65_HS1-834228961_62-HQ-83894_Section_2
Agency: FBI
Page 4
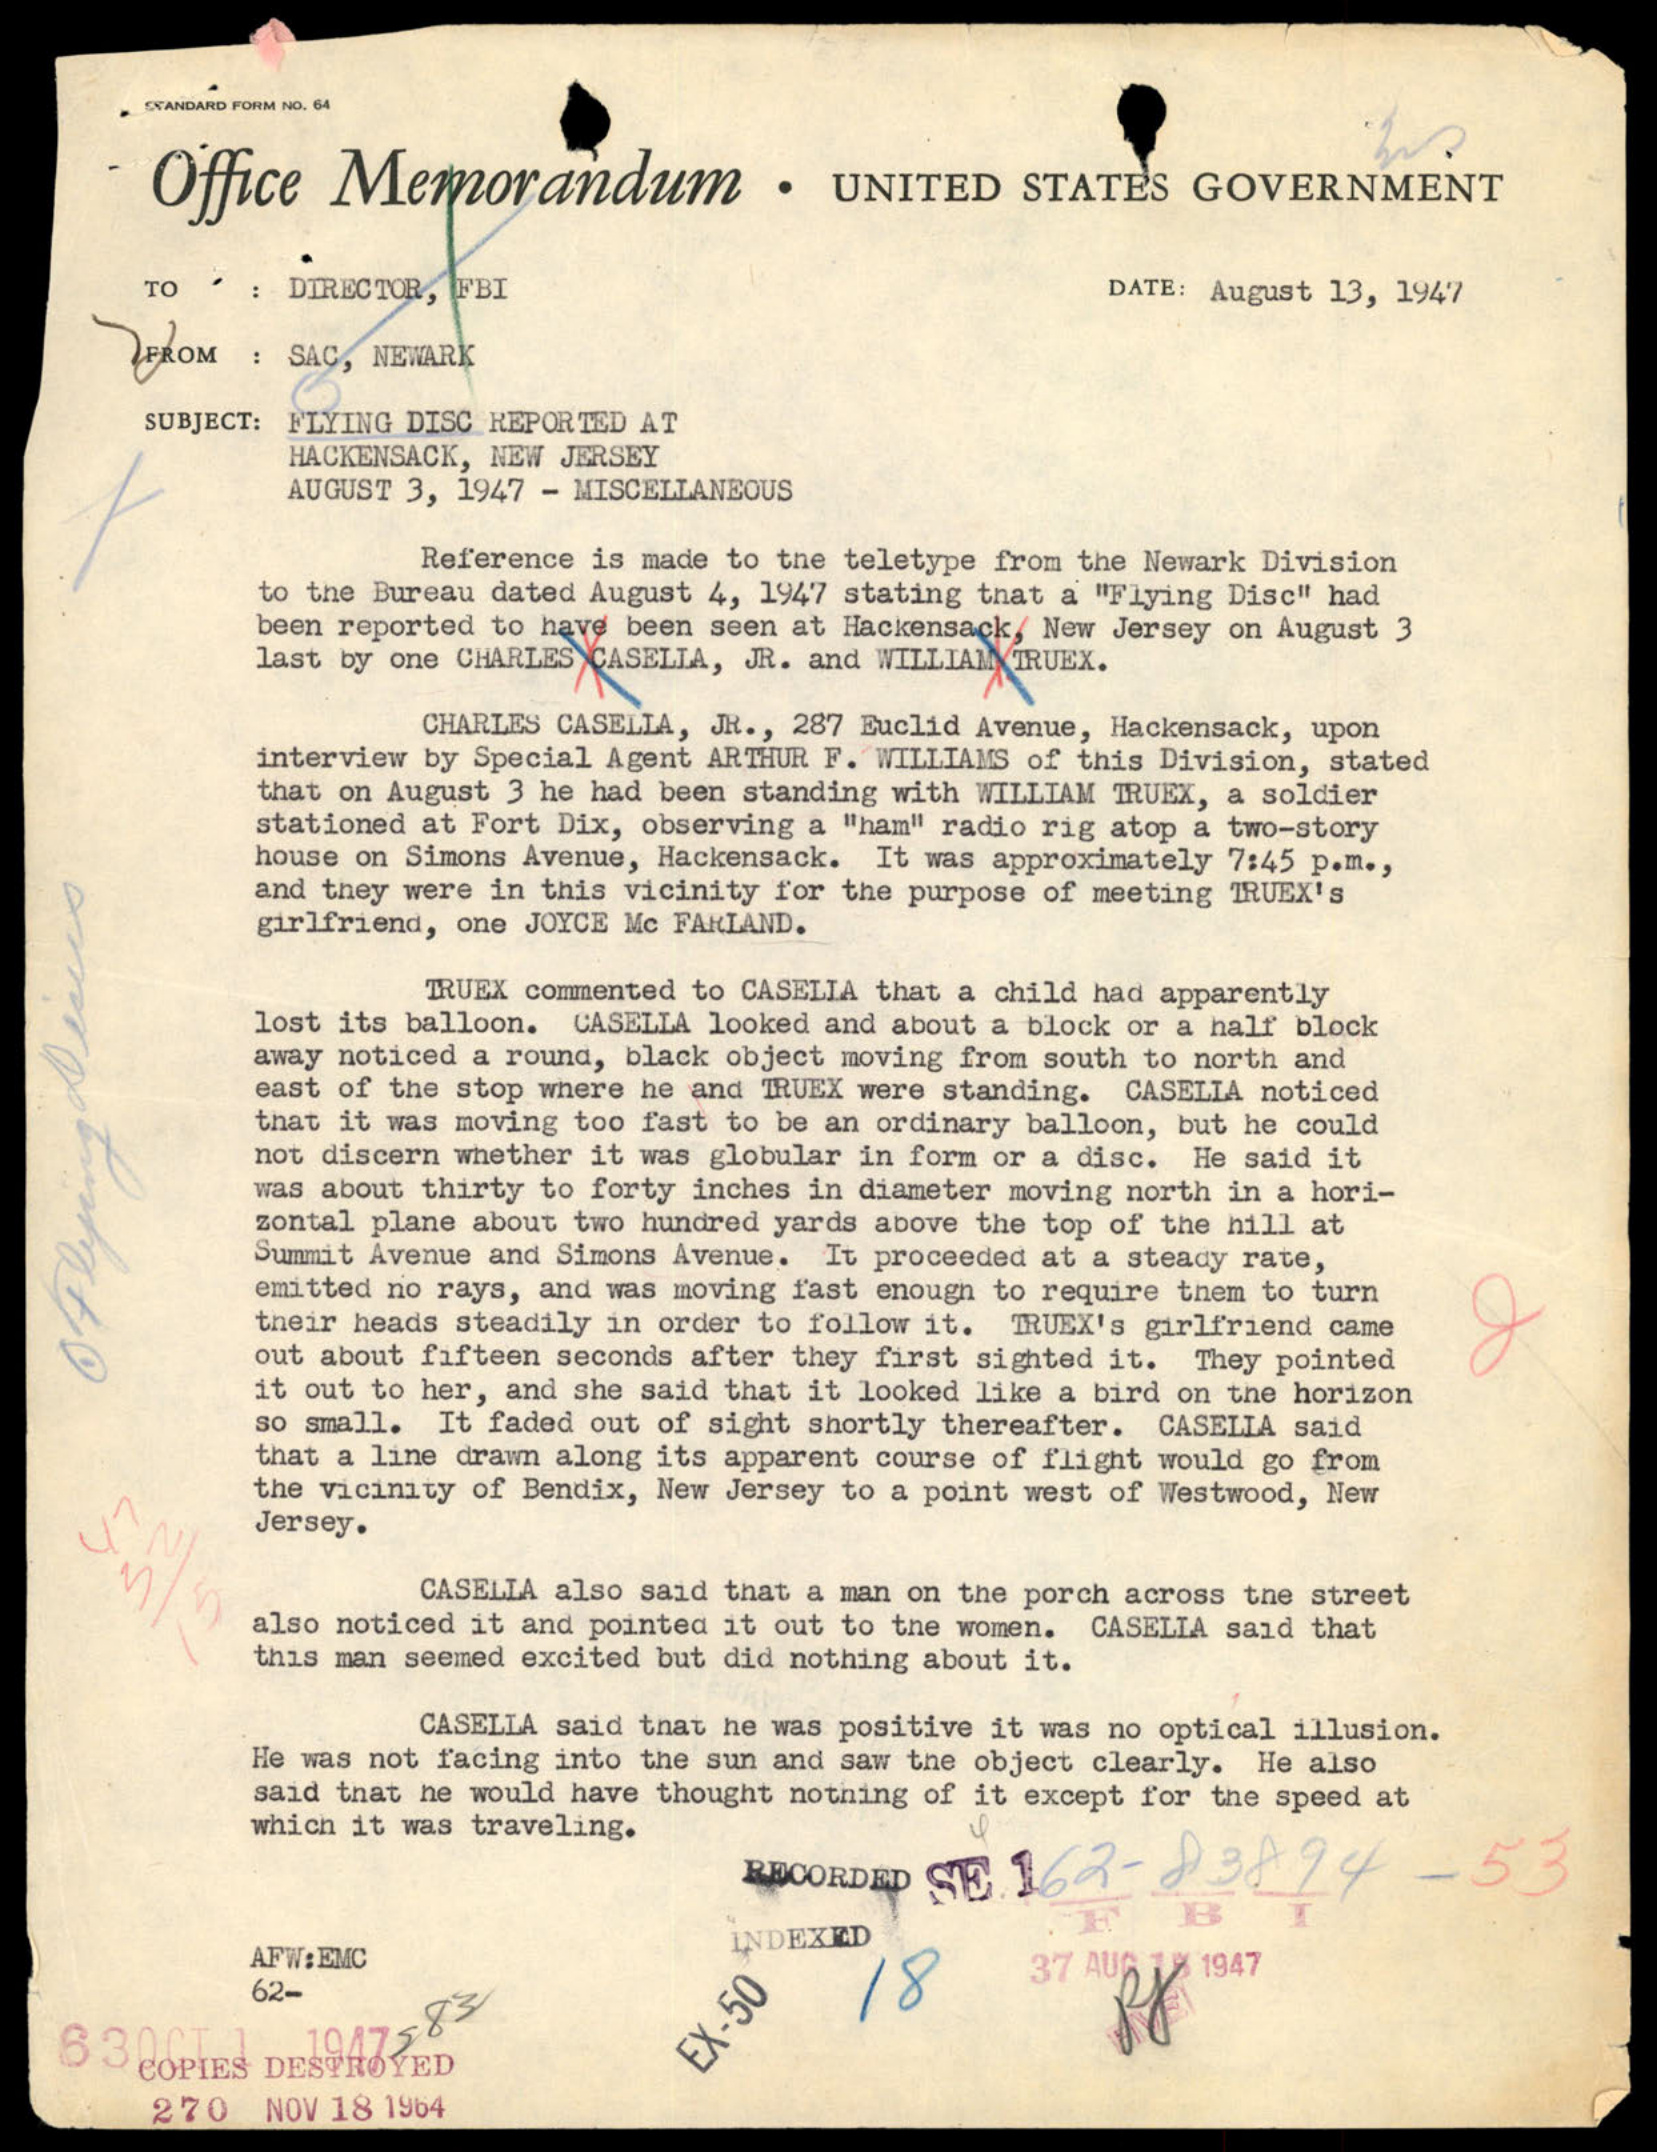